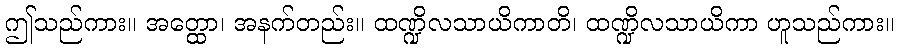
ဤသည်ကား။ အတ္ထော၊ အနက်တည်း။ ထဏ္ဍိလသာယိကာတိ၊ ထဏ္ဍိလသာယိကာ ဟူသည်ကား။